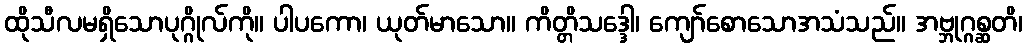
ထိုသီလမရှိသောပုဂ္ဂိုလ်ကို။ ပါပကော၊ ယုတ်မာသော။ ကိတ္တိသဒ္ဒေါ၊ ကျော်စောသောအသံသည်။ အဗ္ဘုဂ္ဂစ္ဆတိ၊